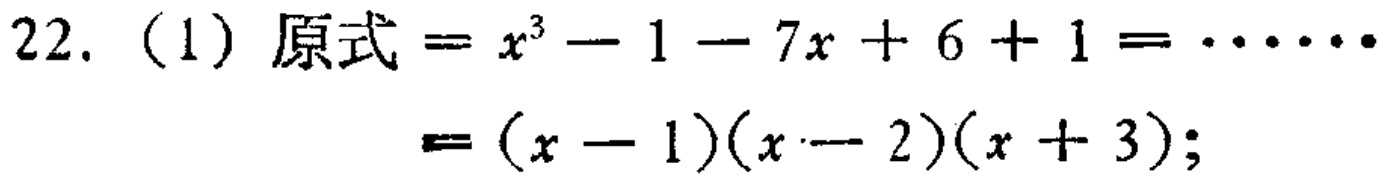
22. (1) 原式$=x^{3}-1 - 7x + 6 + 1=\cdots\cdots$

$=(x - 1)(x - 2)(x + 3);$